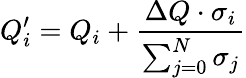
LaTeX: Q_{i}^{\prime}=Q_{i}+\frac{\Delta Q\cdot\sigma_{i}}{\sum_{j=0}^{N}\sigma_{j}}